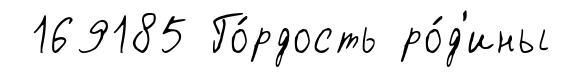
169185 Го́рдость ро́д'ины